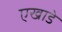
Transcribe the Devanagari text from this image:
एखाडे